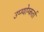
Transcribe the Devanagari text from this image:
उप्ग्योग्कर्ता